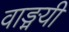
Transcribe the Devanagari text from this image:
वाङ्मयी